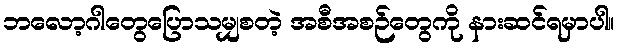
ဘလော့ဂါတွေပြောသမျှစတဲ့ အစီအစဉ်တွေကို နားဆင်ရမှာပါ။